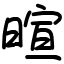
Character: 暄